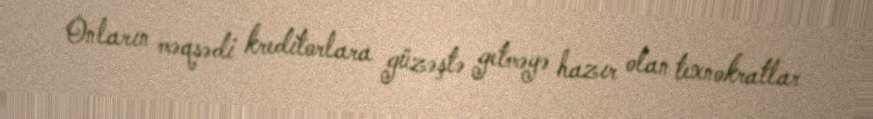
Onların məqsədi kreditorlara güzəştə getməyə hazır olan texnokratlar